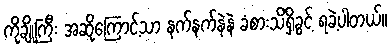
ကိုချိုကြီး အဆိုကြောင့်သာ နက်နက်နဲနဲ ခံစားသိရှိခွင့် ရခဲ့ပါတယ်။